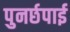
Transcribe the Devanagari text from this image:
पुनर्छपाई